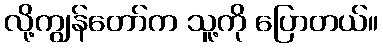
လို့ကျွန်တော်က သူ့ကို ပြောတယ်။